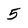
Character: 5